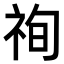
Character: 𥙣